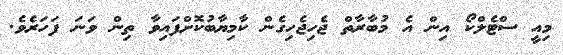
މިއީ ސްޓެލްކޯ އިން އެ މުބާރާތް ޖެހިޖެހިގެން ކާމިޔާބުކޮށްފައިވާ ތިން ވަނަ ފަހަރެވެ.